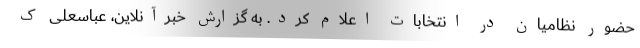
حضور نظامیان در انتخابات اعلام کرد. به گزارش خبرآنلاین، عباسعلی ک